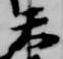
天